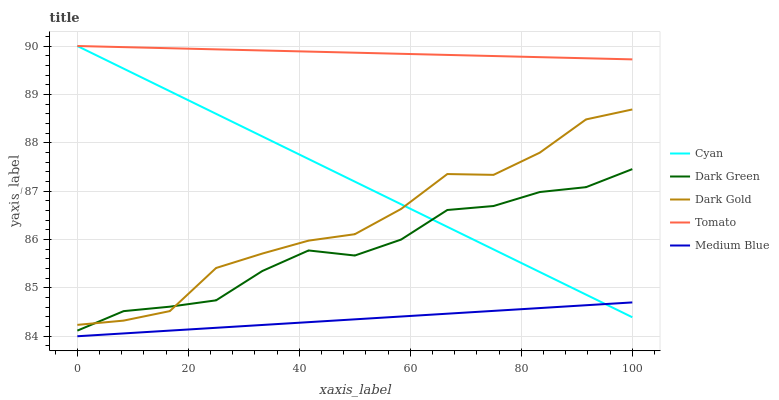
| xaxis_label | Cyan | Dark Green | Dark Gold | Tomato | Medium Blue |
 | --- | --- | --- | --- | --- | --- |
 | 0 | 90 | 84.1 | 84.2 | 90 | 84 |
 | 8.33 | 89.5 | 84.5 | 84.3 | 90 | 84.1 |
 | 16.7 | 89.1 | 84.6 | 84.5 | 90 | 84.1 |
 | 25 | 88.6 | 84.7 | 85.4 | 89.9 | 84.2 |
 | 33.3 | 88.1 | 85.3 | 85.7 | 89.9 | 84.2 |
 | 41.7 | 87.7 | 85.8 | 86 | 89.9 | 84.3 |
 | 50 | 87.2 | 85.7 | 86.1 | 89.9 | 84.3 |
 | 58.3 | 86.7 | 86 | 86.6 | 89.8 | 84.4 |
 | 66.7 | 86.3 | 86.6 | 87.4 | 89.8 | 84.5 |
 | 75 | 85.8 | 86.7 | 87.3 | 89.8 | 84.5 |
 | 83.3 | 85.3 | 87 | 87.8 | 89.8 | 84.6 |
 | 91.7 | 84.9 | 87.1 | 88.5 | 89.7 | 84.6 |
 | 100 | 84.4 | 87.5 | 88.7 | 89.7 | 84.7 |